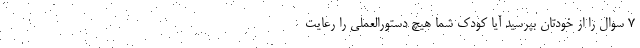
۷ سوال را از خودتان بپرسید آیا کودک شما هیچ دستورالعملی را رعایت